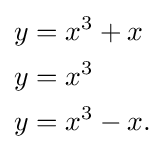
{\begin{aligned}y&=x^{3}+x\\y&=x^{3}\\y&=x^{3}-x.\end{aligned}}